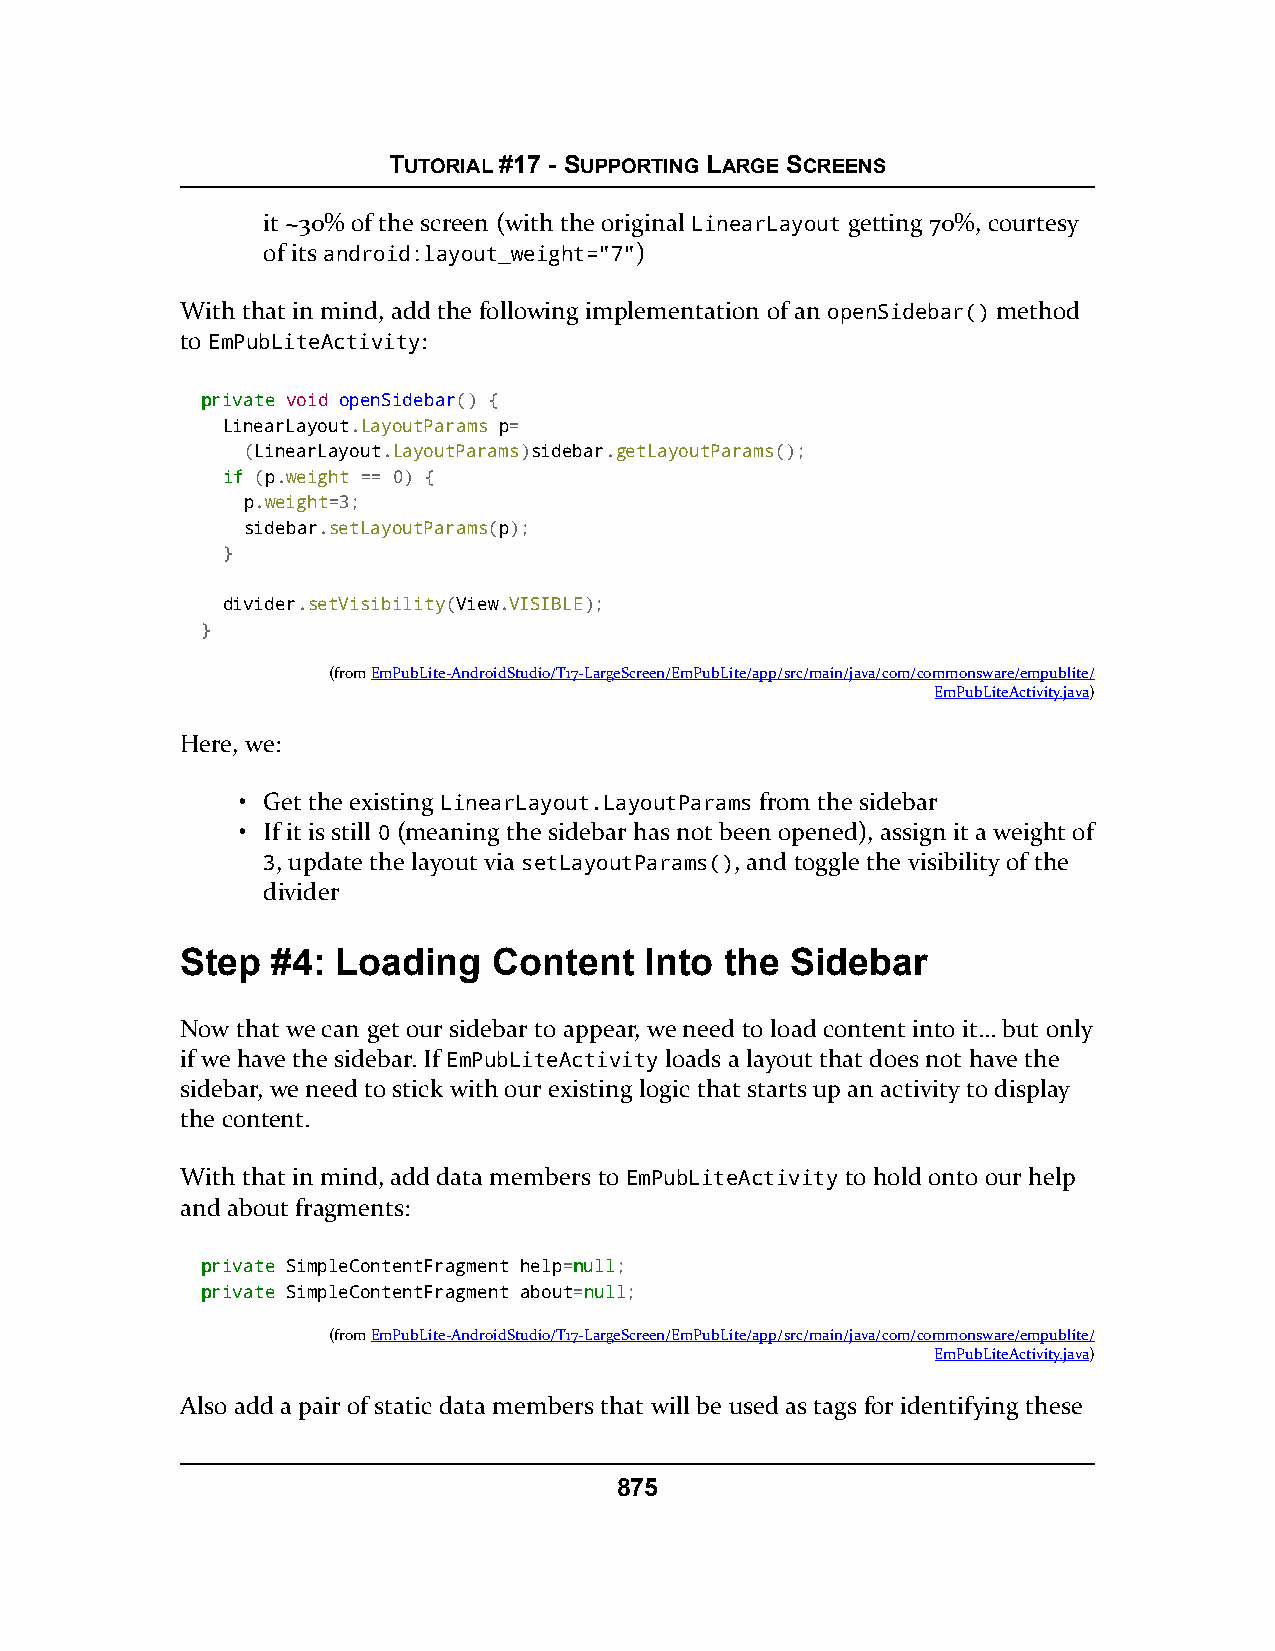
TUTORIAL #17 - SUPPORTING LARGE SCREENS
 it ~30% of the screen (with the original LinearLayout getting 70%, courtesy
 of its android:layout_weight="7")
 With that in mind, add the following implementation of an openSidebar() method
 to EmPubLiteActivity:
 pprriivvaattee void openSidebar() {
 LinearLayout.LayoutParams p=
 (LinearLayout.LayoutParams)sidebar.getLayoutParams();
 iiff (p.weight == 0) {
 p.weight=3;
 sidebar.setLayoutParams(p);
 }
 divider.setVisibility(View.VISIBLE);
 }
 (fromEmPubLite-AndroidStudio/T17-LargeScreen/EmPubLite/app/src/main/java/com/commonsware/empublite/
 EmPubLiteActivity.java)
 Here, we:
 • Get the existing LinearLayout.LayoutParams from the sidebar
 • If it is still 0 (meaning the sidebar has not been opened), assign it a weight of
 3, update the layout via setLayoutParams(), and toggle the visibility of the
 divider
 Step  #4: Loading    Content   Into the Sidebar
 Now that we can get our sidebar to appear, we need to load content into it… but only
 if we have the sidebar. If EmPubLiteActivity loads a layout that does not have the
 sidebar, we need to stick with our existing logic that starts up an activity to display
 the content.
 With that in mind, add data members to EmPubLiteActivity to hold onto our help
 and about fragments:
 pprriivvaattee SimpleContentFragment help=nnuullll;
 pprriivvaattee SimpleContentFragment about=nnuullll;
 (fromEmPubLite-AndroidStudio/T17-LargeScreen/EmPubLite/app/src/main/java/com/commonsware/empublite/
 EmPubLiteActivity.java)
 Also add a pair of static data members that will be used as tags for identifying these
 875